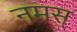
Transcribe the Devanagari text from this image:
नमस्